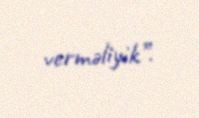
verməliyik”.